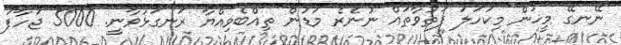
ނޭނގޭ މީހުން މިކަހަލަ ފަތުވާތައް ނުނެރެ މަޑުން ތިއްބެވިއްޔާ ރަނގަޅުވާނީ. 5000 ޖަހާފަ